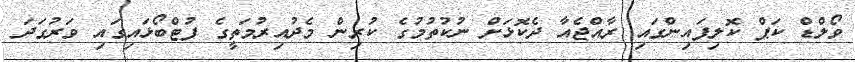
ވޯލްޑް ކަޕް ކޮލިފައިންގައި ރާއްޖެއާ ދެކޮޅަށް ނުކުތުމުގެ ކުރިން މެދުއިރުމަތީގެ ފުޓްބޯޅައިގައި ވަރުގަދަ